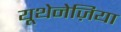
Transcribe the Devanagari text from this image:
यूथेनेज़िया